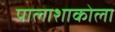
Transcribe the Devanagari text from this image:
पालाशाकोला